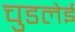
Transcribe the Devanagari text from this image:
चुडलेई